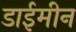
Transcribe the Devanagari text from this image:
डाईमीन